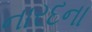
નારદના